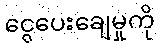
ငွေပေးချေမှုကို